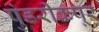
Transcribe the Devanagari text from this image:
पुंडरीकपूर